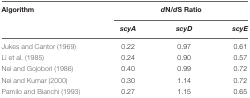
<table><thead><tr><td><b>Algorithm</b></td><td colspan="3"><b><i>d</i>N/<i>d</i>S Ratio</b></td></tr><tr><td></td><td><b><i>scyA</i></b></td><td><b><i>scyD</i></b></td><td><b><i>scyE</i></b></td></tr></thead><tbody><tr><td>Jukes and Cantor (1969)</td><td>0.22</td><td>0.97</td><td>0.61</td></tr><tr><td>Li et al. (1985)</td><td>0.24</td><td>0.90</td><td>0.57</td></tr><tr><td>Nei and Gojobori (1986)</td><td>0.40</td><td>0.99</td><td>0.72</td></tr><tr><td>Nei and Kumar (2000)</td><td>0.30</td><td>1.14</td><td>0.72</td></tr><tr><td>Pamilo and Bianchi (1993)</td><td>0.27</td><td>1.15</td><td>0.65</td></tr></tbody></table>